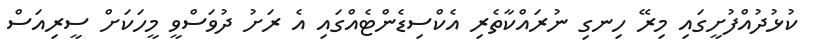
ކުޅުދުއްފުށީގައި މިރޭ ހިނގި ނުރައްކާތެރި އެކްސިޑެންޓެއްގައި އެ ރަށު ދުވަސްވީ މީހަކަށް ސީރިއަސް